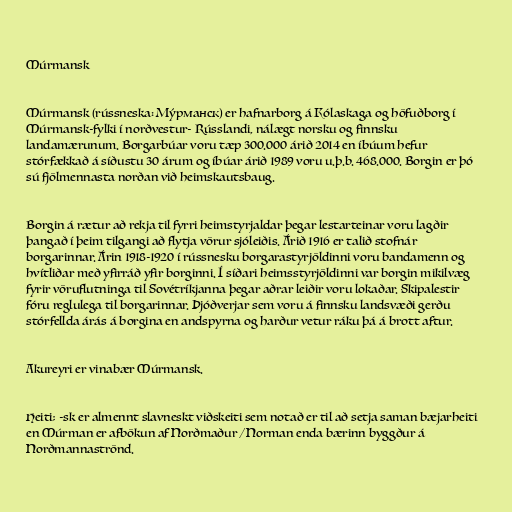
Múrmansk

Múrmansk (rússneska: Му́рманск) er hafnarborg á Kólaskaga og höfuðborg í
Múrmansk-fylki í norðvestur- Rússlandi, nálægt norsku og finnsku
landamærunum. Borgarbúar voru tæp 300.000 árið 2014 en íbúum hefur
stórfækkað á síðustu 30 árum og íbúar árið 1989 voru u.þ.b. 468.000. Borgin er þó
sú fjölmennasta norðan við heimskautsbaug.

Borgin á rætur að rekja til fyrri heimstyrjaldar þegar lestarteinar voru lagðir
þangað í þeim tilgangi að flytja vörur sjóleiðis. Árið 1916 er talið stofnár
borgarinnar. Árin 1918-1920 í rússnesku borgarastyrjöldinni voru bandamenn og
hvítliðar með yfirráð yfir borginni. Í síðari heimsstyrjöldinni var borgin mikilvæg
fyrir vöruflutninga til Sovétríkjanna þegar aðrar leiðir voru lokaðar. Skipalestir
fóru reglulega til borgarinnar. Þjóðverjar sem voru á finnsku landsvæði gerðu
stórfellda árás á borgina en andspyrna og harður vetur ráku þá á brott aftur.

Akureyri er vinabær Múrmansk.

Heiti; -sk er almennt slavneskt viðskeiti sem notað er til að setja saman bæjarheiti
en Múrman er afbökun af Norðmaður / Norman enda bærinn byggður á
Norðmannaströnd.